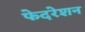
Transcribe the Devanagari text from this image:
फेदरेशन